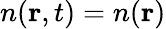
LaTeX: n(\textbf{r},t)=n(\textbf{r})